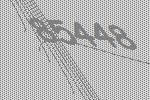
85448